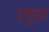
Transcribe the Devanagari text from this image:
हत्तूसा